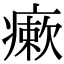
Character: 瘶